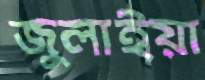
জুলাইয়া